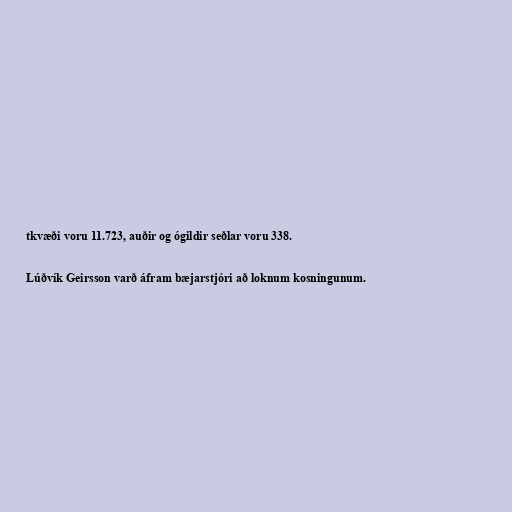
tkvæði voru 11.723, auðir og ógildir seðlar voru 338.

Lúðvík Geirsson varð áfram bæjarstjóri að loknum kosningunum.